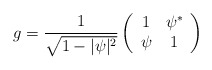
\begin{align*}g=\frac{1}{\sqrt{1-\vert\psi\vert^2}}\left(\begin{array}{cc}1 &\psi^*\\\psi &1\end{array}\right)\end{align*}